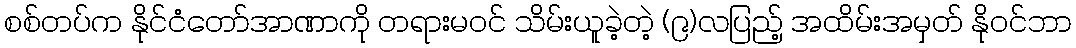
စစ်တပ်က နိုင်ငံတော်အာဏာကို တရားမဝင် သိမ်းယူခဲ့တဲ့ (၉)လပြည့် အထိမ်းအမှတ် နိုဝင်ဘာ